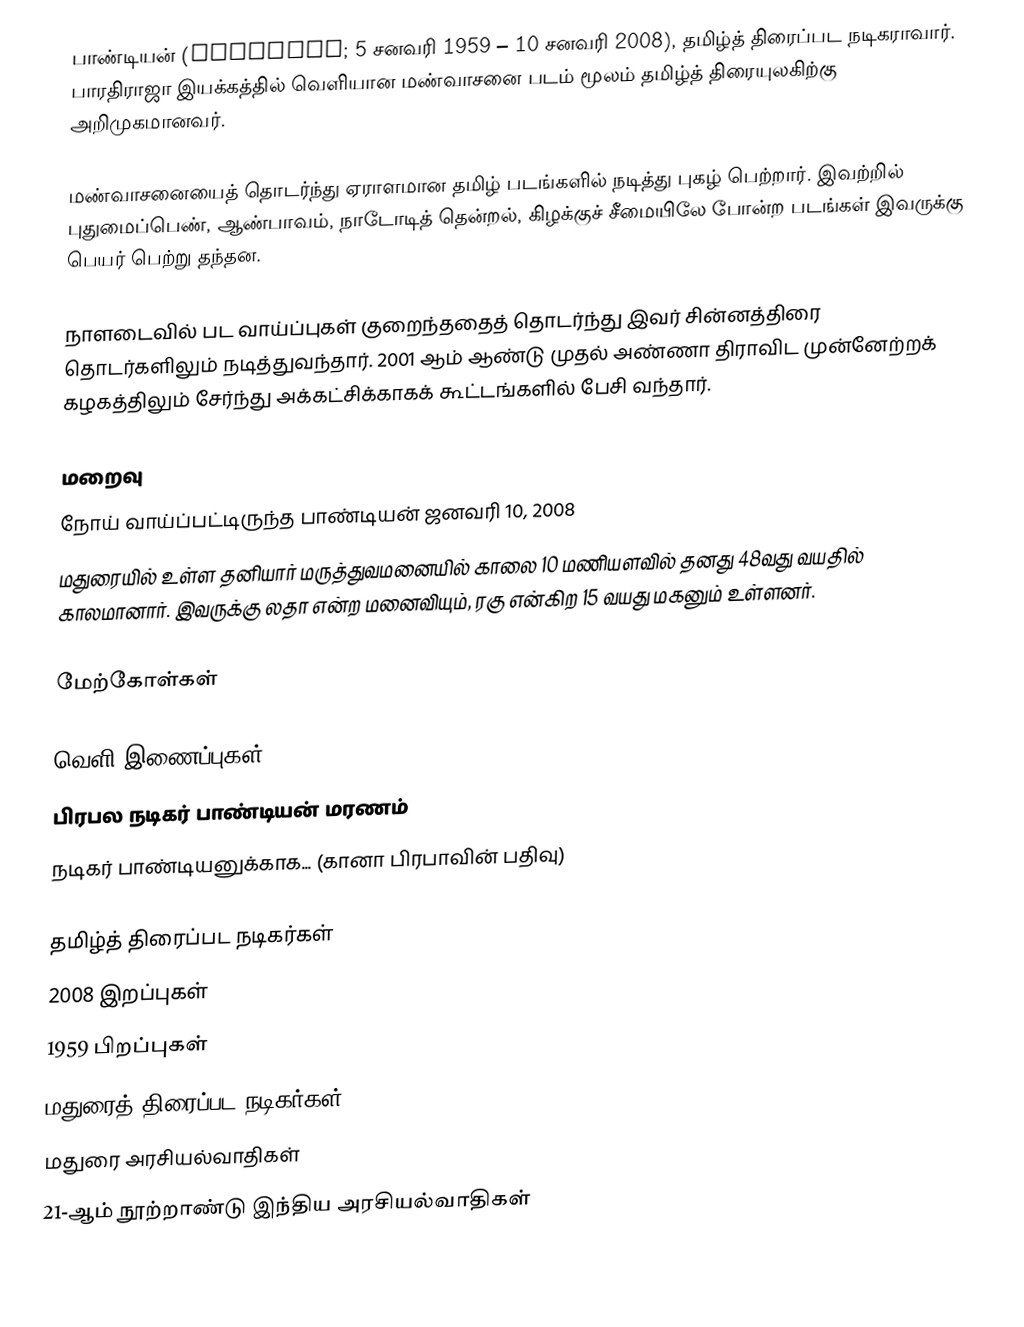
பாண்டியன் (Pandiyan; 5 சனவரி 1959 – 10 சனவரி 2008), தமிழ்த் திரைப்பட நடிகராவார். பாரதிராஜா இயக்கத்தில் வெளியான மண்வாசனை படம் மூலம் தமிழ்த் திரையுலகிற்கு அறிமுகமானவர்.

மண்வாசனையைத் தொடர்ந்து ஏராளமான தமிழ் படங்களில் நடித்து புகழ் பெற்றார். இவற்றில் புதுமைப்பெண், ஆண்பாவம், நாடோடித் தென்றல், கிழக்குச் சீமையிலே போன்ற படங்கள் இவருக்கு பெயர் பெற்று தந்தன.

நாளடைவில் பட வாய்ப்புகள் குறைந்ததைத் தொடர்ந்து இவர் சின்னத்திரை தொடர்களிலும் நடித்துவந்தார். 2001 ஆம் ஆண்டு முதல் அண்ணா திராவிட முன்னேற்றக் கழகத்திலும் சேர்ந்து அக்கட்சிக்காகக் கூட்டங்களில் பேசி வந்தார்.

மறைவு
நோய் வாய்ப்பட்டிருந்த பாண்டியன் ஜனவரி 10, 2008
மதுரையில் உள்ள தனியார் மருத்துவமனையில் காலை 10 மணியளவில் தனது 48வது வயதில் காலமானார். இவருக்கு லதா என்ற மனைவியும், ரகு என்கிற 15 வயது மகனும் உள்ளனர்.

மேற்கோள்கள்

வெளி இணைப்புகள்
 பிரபல நடிகர் பாண்டியன் மரணம்
 நடிகர் பாண்டியனுக்காக... (கானா பிரபாவின் பதிவு)

தமிழ்த் திரைப்பட நடிகர்கள்
2008 இறப்புகள்
1959 பிறப்புகள்
மதுரைத் திரைப்பட நடிகர்கள்
மதுரை அரசியல்வாதிகள்
21-ஆம் நூற்றாண்டு இந்திய அரசியல்வாதிகள்